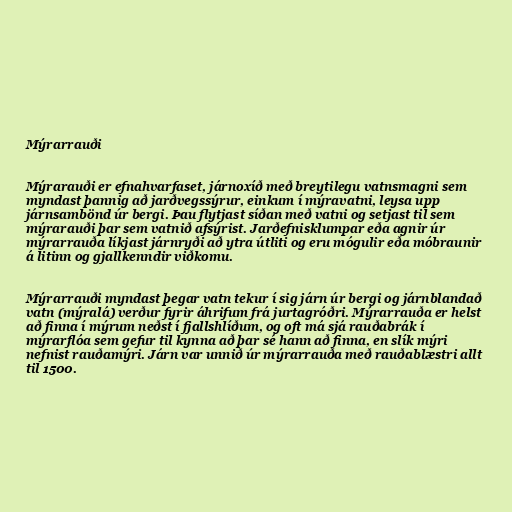
Mýrarrauði

Mýrarauði er efnahvarfaset, járnoxíð með breytilegu vatnsmagni sem
myndast þannig að jarðvegssýrur, einkum í mýravatni, leysa upp
járnsambönd úr bergi. Þau flytjast síðan með vatni og setjast til sem
mýrarauði þar sem vatnið afsýrist. Jarðefnisklumpar eða agnir úr
mýrarrauða líkjast járnryði að ytra útliti og eru mógulir eða móbraunir
á litinn og gjallkenndir viðkomu.

Mýrarrauði myndast þegar vatn tekur í sig járn úr bergi og járnblandað
vatn (mýralá) verður fyrir áhrifum frá jurtagróðri. Mýrarrauða er helst
að finna í mýrum neðst í fjallshlíðum, og oft má sjá rauðabrák í
mýrarflóa sem gefur til kynna að þar sé hann að finna, en slík mýri
nefnist rauðamýri. Járn var unnið úr mýrarrauða með rauðablæstri allt
til 1500.